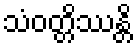
သံဝတ္တိဿန္တိ